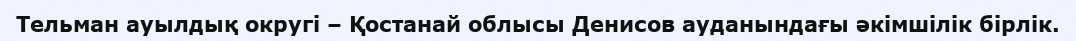
Тельман ауылдық округі – Қостанай облысы Денисов ауданындағы әкімшілік бірлік.